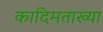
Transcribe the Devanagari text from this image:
कादिमताख्या